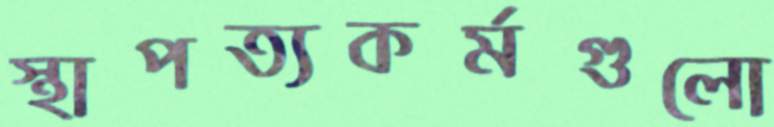
স্থাপত্যকর্মগুলো